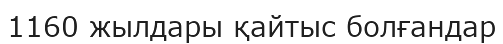
1160 жылдары қайтыс болғандар